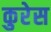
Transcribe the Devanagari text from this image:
कुरेस